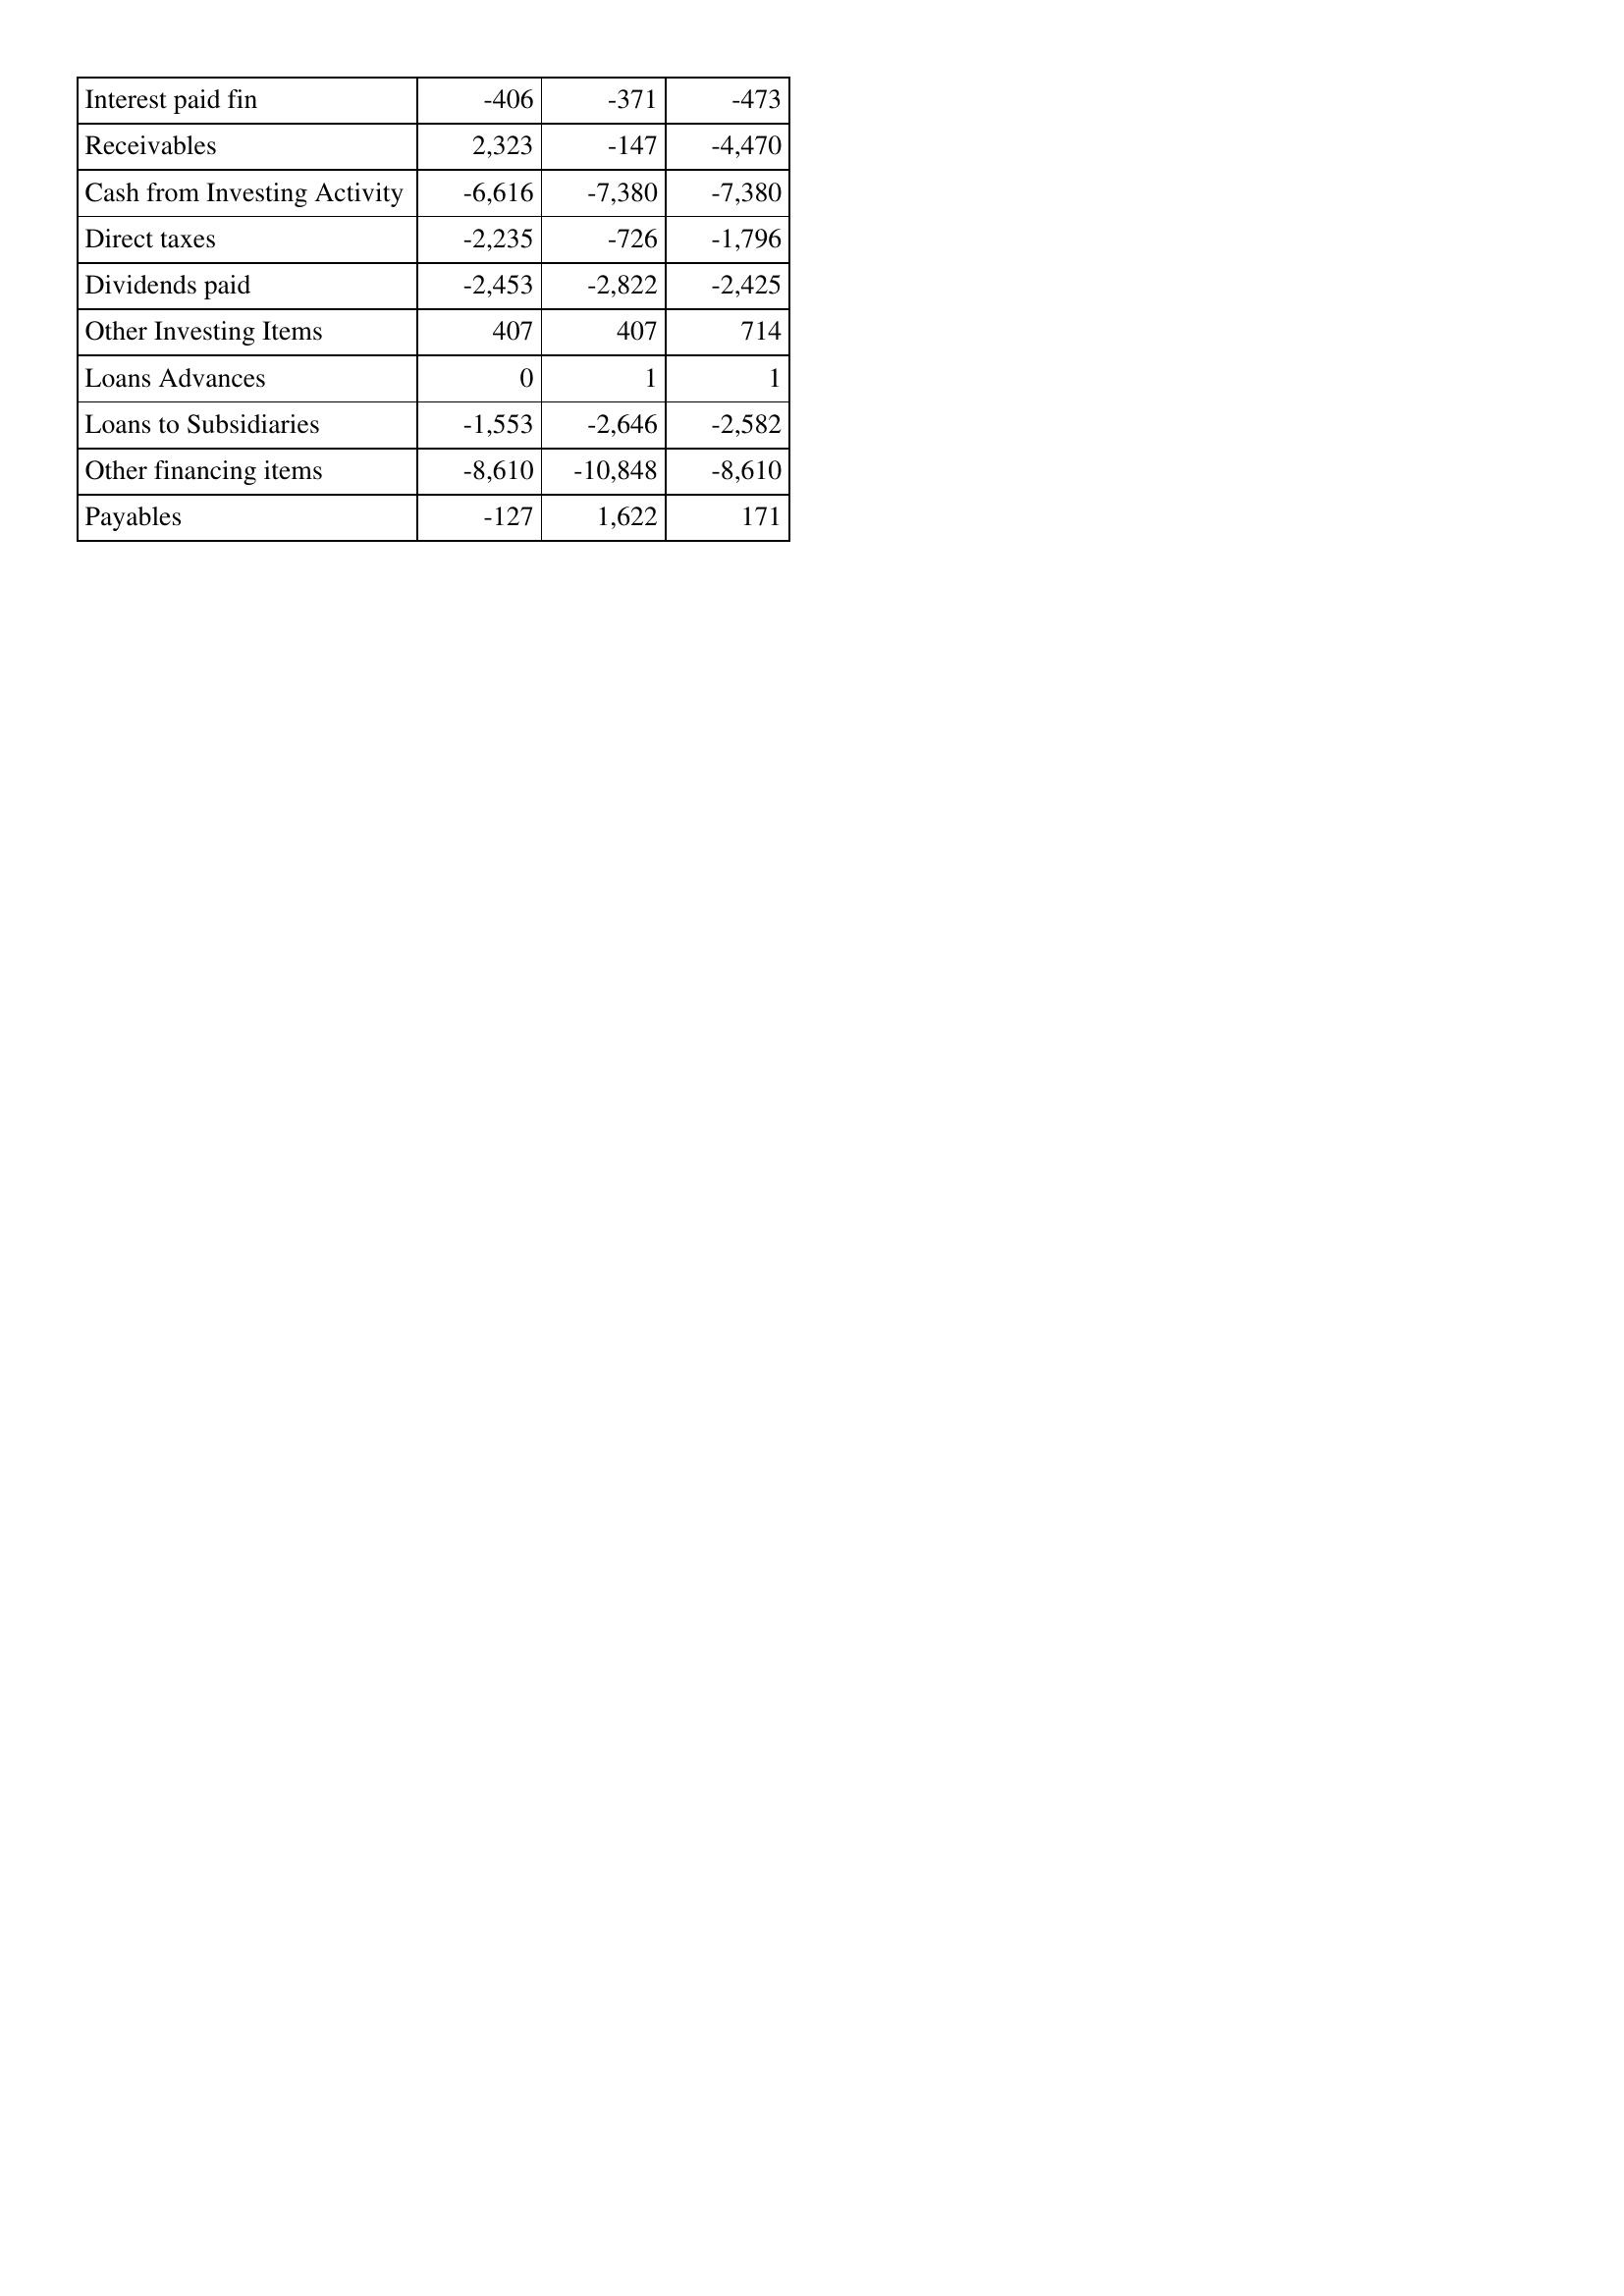
Dec-11: Cash Flows: Interest paid fin: -406
Receivables: 2,323
Cash from Investing Activity: -6,616
Direct taxes: -2,235
Dividends paid: -2,453
Other Investing Items: 407
Loans Advances: 0
Loans to Subsidiaries: -1,553
Other financing items: -8,610
Payables: -127
Dec-12: Cash Flows: Interest paid fin: -371
Receivables: -147
Cash from Investing Activity: -7,380
Direct taxes: -726
Dividends paid: -2,822
Other Investing Items: 407
Loans Advances: 1
Loans to Subsidiaries: -2,646
Other financing items: -10,848
Payables: 1,622
Dec-13: Cash Flows: Interest paid fin: -473
Receivables: -4,470
Cash from Investing Activity: -7,380
Direct taxes: -1,796
Dividends paid: -2,425
Other Investing Items: 714
Loans Advances: 1
Loans to Subsidiaries: -2,582
Other financing items: -8,610
Payables: 171